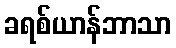
ခရစ်ယာန်ဘာသာ